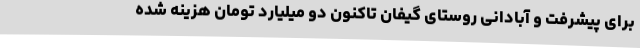
برای پیشرفت و آبادانی روستای گیفان تاکنون دو میلیارد تومان هزینه شده